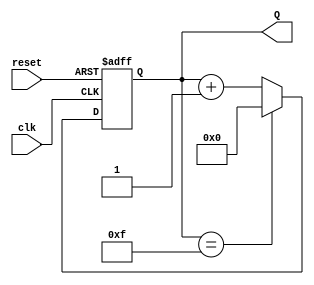
module modk_counter #(parameter DATA_WIDTH = 4, MOD = 16) (clk, reset, Q);
  input clk, reset;
  output reg [DATA_WIDTH-1:0] Q;

  always@(posedge clk or negedge reset)
    if (~reset) begin
      Q <= 'b0;
    end else begin
      Q <= Q + 1'b1;
      if (Q == MOD - 1) begin
        Q <= 'b0;
      end
    end
endmodule